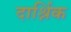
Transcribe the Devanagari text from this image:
दार्श्निक